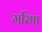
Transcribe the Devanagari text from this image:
मरिषा